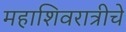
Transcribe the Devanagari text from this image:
महाशिवरात्रीचे